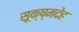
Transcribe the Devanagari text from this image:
सूक्ष्मदेह